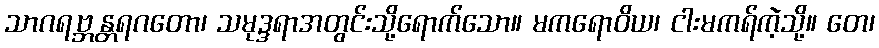
သာဂရဗ္ဘန္တရဂတော၊ သမုဒ္ဒရာအတွင်းသို့ရောက်သော။ မကရောဝိယ၊ ငါးမကရ်ကဲ့သို့။ တေ၊